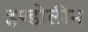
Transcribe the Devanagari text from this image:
इण्डोलीन